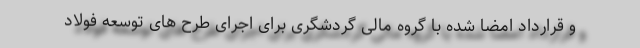
و قرارداد امضا شده با گروه مالی گردشگری برای اجرای طرح های توسعه فولاد